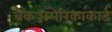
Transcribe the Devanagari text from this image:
बैंकअमेरिकाकार्ड